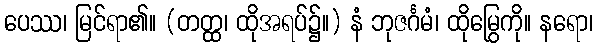
ပေဿ၊ မြင်ရာ၏။ (တတ္ထ၊ ထိုအရပ်၌။) နံ ဘုဇင်္ဂမံ၊ ထိုမြွေကို။ နရော၊